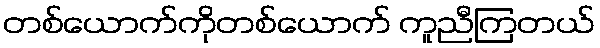
တစ်ယောက်ကိုတစ်ယောက် ကူညီကြတယ်